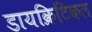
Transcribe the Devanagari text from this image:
डायक्रिटिकल